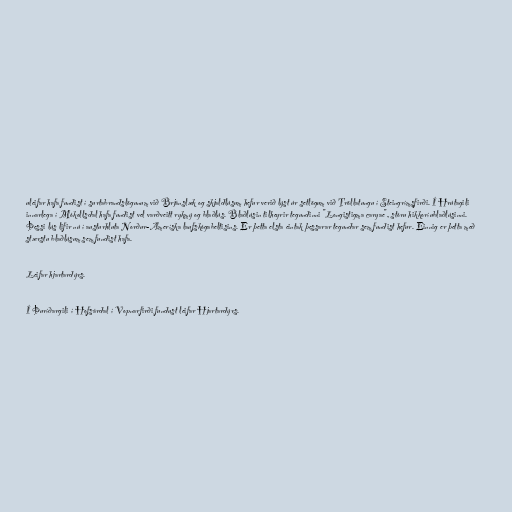
uleifar hafa fundist í surtabrandslögunum við Brjánslæk og skjaldlúsum hefur verið lýst úr setlögum við Tröllatungu í Steingrímsfirði. Í Hrútagili
innarlega í Mókollsdal hafa fundist vel varðveitt rykmý og blaðlús. Blaðlúsin tilheyrir tegundinni "Longistigma caryae", stóru hikkoríublaðlúsinni.
Þessi lús lifir nú í austurhluta Norður-Ameríska laufskógabeltisins. Er þetta elsta eintak þessarar tegundar sem fundist hefur. Einnig er þetta með
stærstu blaðlúsum sem fundist hafa.

Leifar hjartardýrs.

Í Þuríðargili í Hofsárdal í Vopnarfirði fundust leifar Hjartardýrs.